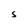
Character: S